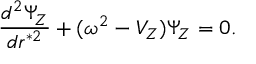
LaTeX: { \frac { d ^ { 2 } \Psi _ { Z } } { d r ^ { * 2 } } } + ( \omega ^ { 2 } - V _ { Z } ) \Psi _ { Z } = 0 .